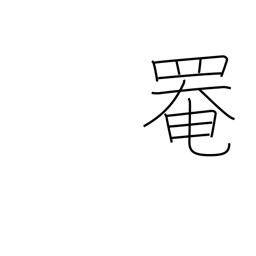
Meaning: cover